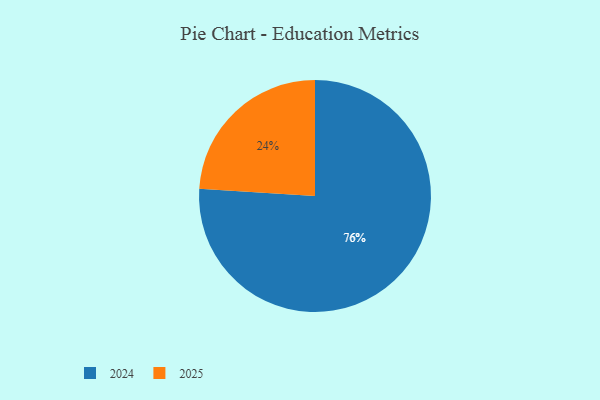
{"axis": {"x": "Category", "y": "Percentage"}, "legend": ["2024", "2025"], "data": [{"x": "2025", "y": 24, "type": "2025"}, {"x": "2024", "y": 76, "type": "2024"}]}